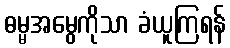
ဓမ္မအမွေကိုသာ ခံယူကြရန်